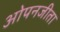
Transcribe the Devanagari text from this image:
ओपनजीता